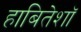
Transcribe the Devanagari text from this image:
हाबितेशॉ